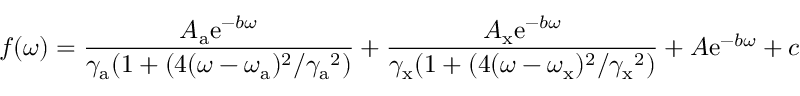
f ( \omega ) = \frac { A _ { \mathrm { a } } \mathrm { e } ^ { - b \omega } } { \gamma _ { \mathrm { a } } ( 1 + ( 4 ( \omega - \omega _ { \mathrm { a } } ) ^ { 2 } / { \gamma _ { \mathrm { a } } } ^ { 2 } ) } + \frac { A _ { \mathrm { x } } \mathrm { e } ^ { - b \omega } } { \gamma _ { \mathrm { x } } ( 1 + ( 4 ( \omega - \omega _ { \mathrm { x } } ) ^ { 2 } / { \gamma _ { \mathrm { x } } } ^ { 2 } ) } + A \mathrm { e } ^ { - b \omega } + c